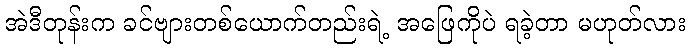
အဲဒီတုန်းက ခင်ဗျားတစ်ယောက်တည်းရဲ့ အဖြေကိုပဲ ရခဲ့တာ မဟုတ်လား